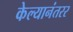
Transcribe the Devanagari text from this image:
केल्यानंतरर